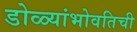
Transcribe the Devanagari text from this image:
डोळ्यांभोवतिची